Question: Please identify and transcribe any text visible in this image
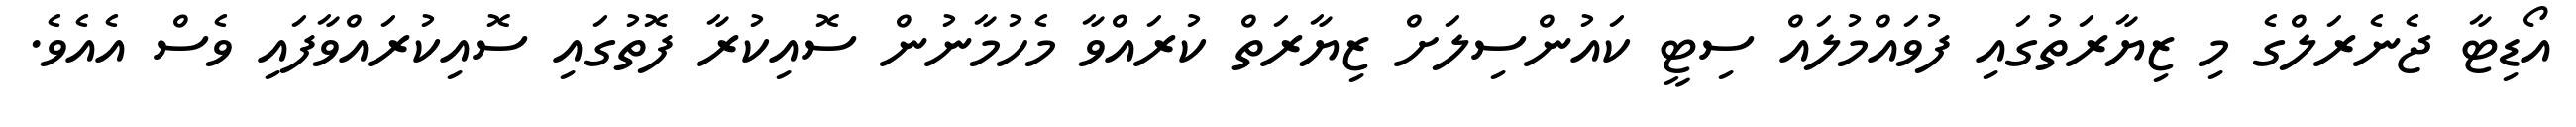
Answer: އޯޑިޓާ ޖެނެރަލްގެ މި ޒިޔާރަތުގައި ފުވައްމުލައް ސިޓީ ކައުންސިލަށް ޒިޔާރަތް ކުރައްވާ މެހުމާނުން ސޮއިކުރާ ފޮތުގައި ސޮއިކުރައްވާފައި ވެސް އެއެވެ.